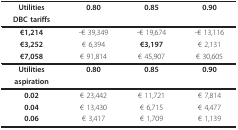
<table><thead><tr><td><b>Utilities</b></td><td><b>0.80</b></td><td><b>0.85</b></td><td><b>0.90</b></td></tr><tr><td><b>DBC tariffs</b></td><td>[EMPTY_CELL]</td><td>[EMPTY_CELL]</td><td>[EMPTY_CELL]</td></tr></thead><tbody><tr><td><b>€1,214</b></td><td>-€ 39,349</td><td>-€ 19,674</td><td>-€ 13,116</td></tr><tr><td><b>€3,252</b></td><td>€ 6,394</td><td><b>€3,197</b></td><td>€ 2,131</td></tr><tr><td><b>€7,058</b></td><td>€ 91,814</td><td>€ 45,907</td><td>€ 30,605</td></tr><tr><td><b>Utilities</b></td><td><b>0.80</b></td><td><b>0.85</b></td><td><b>0.90</b></td></tr><tr><td><b>aspiration</b></td><td>[EMPTY_CELL]</td><td>[EMPTY_CELL]</td><td>[EMPTY_CELL]</td></tr><tr><td><b>0.02</b></td><td>€ 23,442</td><td>€ 11,721</td><td>€ 7,814</td></tr><tr><td><b>0.04</b></td><td>€ 13,430</td><td>€ 6,715</td><td>€ 4,477</td></tr><tr><td><b>0.06</b></td><td>€ 3,417</td><td>€ 1,709</td><td>€ 1,139</td></tr></tbody></table>